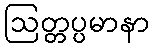
ဩတ္တပ္ပမာနာ